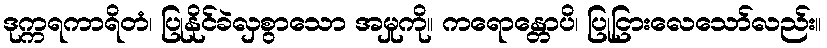
ဒုက္ကရကာရိတံ၊ ပြုနိုင်ခဲလှစွာသော အမှုကို။ ကရောန္တောပိ၊ ပြုငြားလေသော်လည်း။